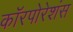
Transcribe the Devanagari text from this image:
कॉरपोरेशंस